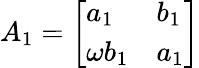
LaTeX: A_{1}={\left[\begin{array}{ll}{a_{1}}&{b_{1}}\\ {\omega b_{1}}&{a_{1}}\end{array}\right]}